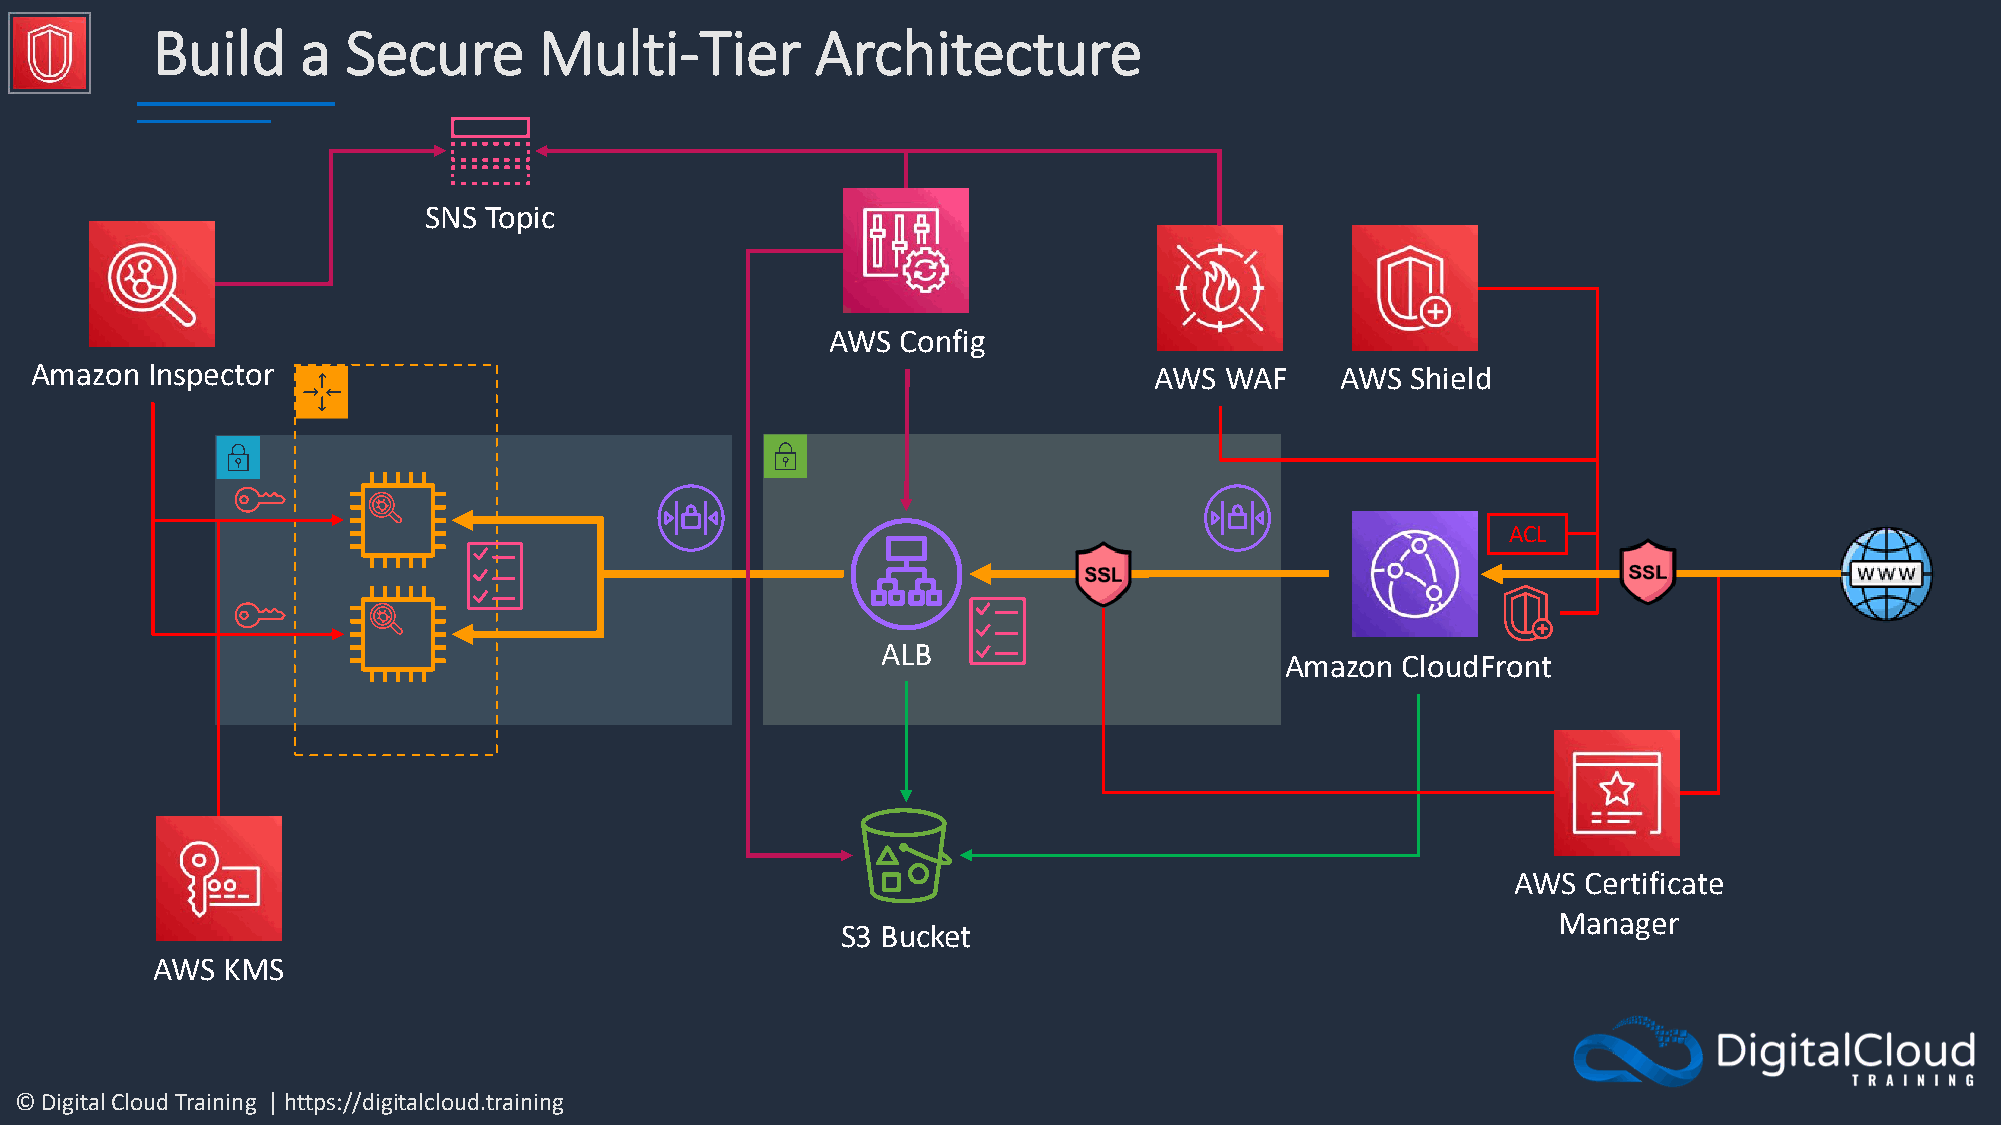
Build     a  Secure       Multi-Tier        Architecture
 SNS Topic
 AWS  Config
 Amazon  Inspector                                                         AWS  WAF     AWS Shield
 ACL
 ALB
 Amazon  CloudFront
 AWS  Certificate
 Manager
 S3 Bucket
 AWS  KMS
 © Digital Cloud Training | https://digitalcloud.training